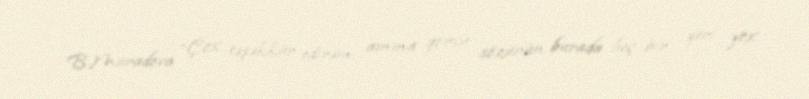
B.Muradova “Çox təşəkkür edirəm, amma qorxu sözünün burada heç bir yeri yox